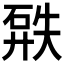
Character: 𥓹